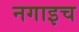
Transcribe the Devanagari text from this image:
नगाइच